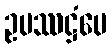
ဥပဿဋ္ဌံပေ